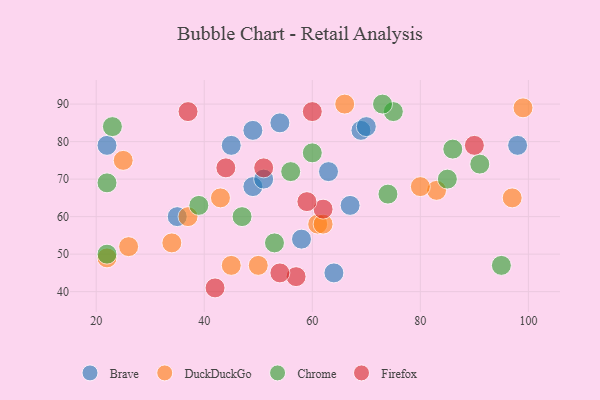
{"axis": {"x": "GDP", "y": "Life Expectancy"}, "legend": ["Brave", "Chrome", "DuckDuckGo", "Firefox"], "data": [{"x": "54", "y": 85, "type": "Brave"}, {"x": "64", "y": 45, "type": "Brave"}, {"x": "45", "y": 79, "type": "Brave"}, {"x": "63", "y": 72, "type": "Brave"}, {"x": "69", "y": 83, "type": "Brave"}, {"x": "22", "y": 79, "type": "Brave"}, {"x": "35", "y": 60, "type": "Brave"}, {"x": "67", "y": 63, "type": "Brave"}, {"x": "58", "y": 54, "type": "Brave"}, {"x": "70", "y": 84, "type": "Brave"}, {"x": "98", "y": 79, "type": "Brave"}, {"x": "49", "y": 83, "type": "Brave"}, {"x": "49", "y": 68, "type": "Brave"}, {"x": "51", "y": 70, "type": "Brave"}, {"x": "61", "y": 58, "type": "DuckDuckGo"}, {"x": "22", "y": 49, "type": "DuckDuckGo"}, {"x": "50", "y": 47, "type": "DuckDuckGo"}, {"x": "97", "y": 65, "type": "DuckDuckGo"}, {"x": "34", "y": 53, "type": "DuckDuckGo"}, {"x": "66", "y": 90, "type": "DuckDuckGo"}, {"x": "26", "y": 52, "type": "DuckDuckGo"}, {"x": "37", "y": 60, "type": "DuckDuckGo"}, {"x": "83", "y": 67, "type": "DuckDuckGo"}, {"x": "45", "y": 47, "type": "DuckDuckGo"}, {"x": "99", "y": 89, "type": "DuckDuckGo"}, {"x": "62", "y": 58, "type": "DuckDuckGo"}, {"x": "25", "y": 75, "type": "DuckDuckGo"}, {"x": "80", "y": 68, "type": "DuckDuckGo"}, {"x": "43", "y": 65, "type": "DuckDuckGo"}, {"x": "91", "y": 74, "type": "Chrome"}, {"x": "22", "y": 50, "type": "Chrome"}, {"x": "60", "y": 77, "type": "Chrome"}, {"x": "47", "y": 60, "type": "Chrome"}, {"x": "22", "y": 69, "type": "Chrome"}, {"x": "23", "y": 84, "type": "Chrome"}, {"x": "56", "y": 72, "type": "Chrome"}, {"x": "53", "y": 53, "type": "Chrome"}, {"x": "75", "y": 88, "type": "Chrome"}, {"x": "85", "y": 70, "type": "Chrome"}, {"x": "73", "y": 90, "type": "Chrome"}, {"x": "39", "y": 63, "type": "Chrome"}, {"x": "86", "y": 78, "type": "Chrome"}, {"x": "95", "y": 47, "type": "Chrome"}, {"x": "74", "y": 66, "type": "Chrome"}, {"x": "62", "y": 62, "type": "Firefox"}, {"x": "42", "y": 41, "type": "Firefox"}, {"x": "59", "y": 64, "type": "Firefox"}, {"x": "57", "y": 44, "type": "Firefox"}, {"x": "37", "y": 88, "type": "Firefox"}, {"x": "90", "y": 79, "type": "Firefox"}, {"x": "60", "y": 88, "type": "Firefox"}, {"x": "54", "y": 45, "type": "Firefox"}, {"x": "44", "y": 73, "type": "Firefox"}, {"x": "51", "y": 73, "type": "Firefox"}]}